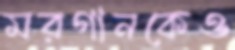
মরগানকেও